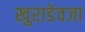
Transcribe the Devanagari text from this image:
खुराडेवजा